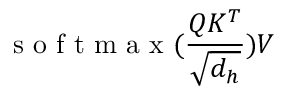
\textrm { s o f t m a x } ( { \frac { Q K ^ { T } } { \sqrt { d _ { h } } } } ) V